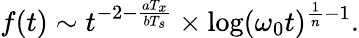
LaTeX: f(t)\sim t^{-2-\frac{aT_{x}}{bT_{s}}}\times\log(\omega_{0}t)^{\frac{1}{n}-1}.